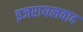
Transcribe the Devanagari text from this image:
इजरायलवाद